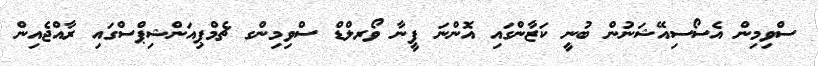
ސްވިމިން އެސޯސިއޭޝަނުން ބުނީ ކަޒާންގައި އޮންނަ ފީނާ ވޯރލްޑް ސްވިމިންގ ޗެމްޕިއަންޝިޕްސްގައި ރާއްޖެއިން